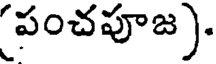
పంచపూజ).